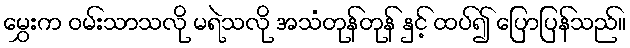
မွှေးက ဝမ်းသာသလို မရဲသလို အသံတုန်တုန် နှင့် ထပ်၍ ပြောပြန်သည်။